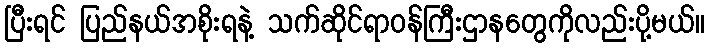
ပြီးရင် ပြည်နယ်အစိုးရနဲ့ သက်ဆိုင်ရာဝန်ကြီးဌာနတွေကိုလည်းပို့မယ်။